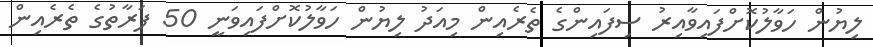
ލިޔުން ހަވާލުކޮށްފައިވާއިރު ސިފައިންގެ ތެރެއިން މިއަދު ލިޔުން ހަވާލުކޮށްފައިވަނީ 50 ފަރާތުގެ ތެރެއިން